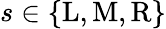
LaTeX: s\in\{ \mathrm{L},\mathrm{M},\mathrm{R}\}